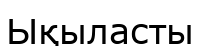
Ықыласты